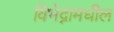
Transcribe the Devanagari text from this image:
विभेद्नामधील